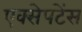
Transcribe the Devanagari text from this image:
एक्सेपटेंस